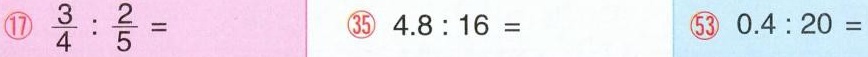
⑰$$\frac { 3 } { 4 } : \frac { 2 } { 5 } =$$ ㉟